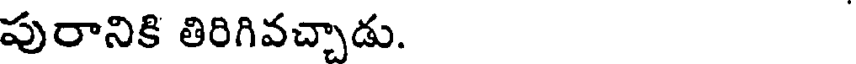
పురానికి తిరిగివచ్చాడు.